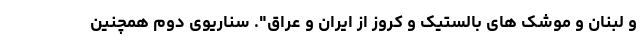
و لبنان و موشک های بالستیک و کروز از ایران و عراق". سناریوی دوم همچنین